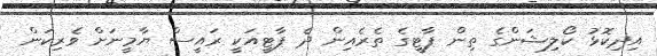
އިދިކޮޅު ކޯލިޝަންގެ ތިން ޕާޓީގެ ތެރެއިން ދެ ޕާޓީއަކީ ރައީސް ޔާމީނަށް ވެރިކަން